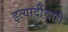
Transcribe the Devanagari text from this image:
इत्यादींचाही